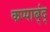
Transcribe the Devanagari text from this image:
कप्पाब्ंद्